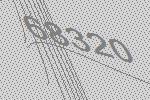
68320